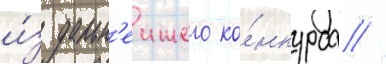
и́з дальн'еишего ко́нкурса //